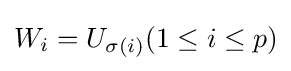
W_{i}=U_{\sigma (i)}(1\leq i\leq p)